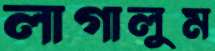
লাগালুম